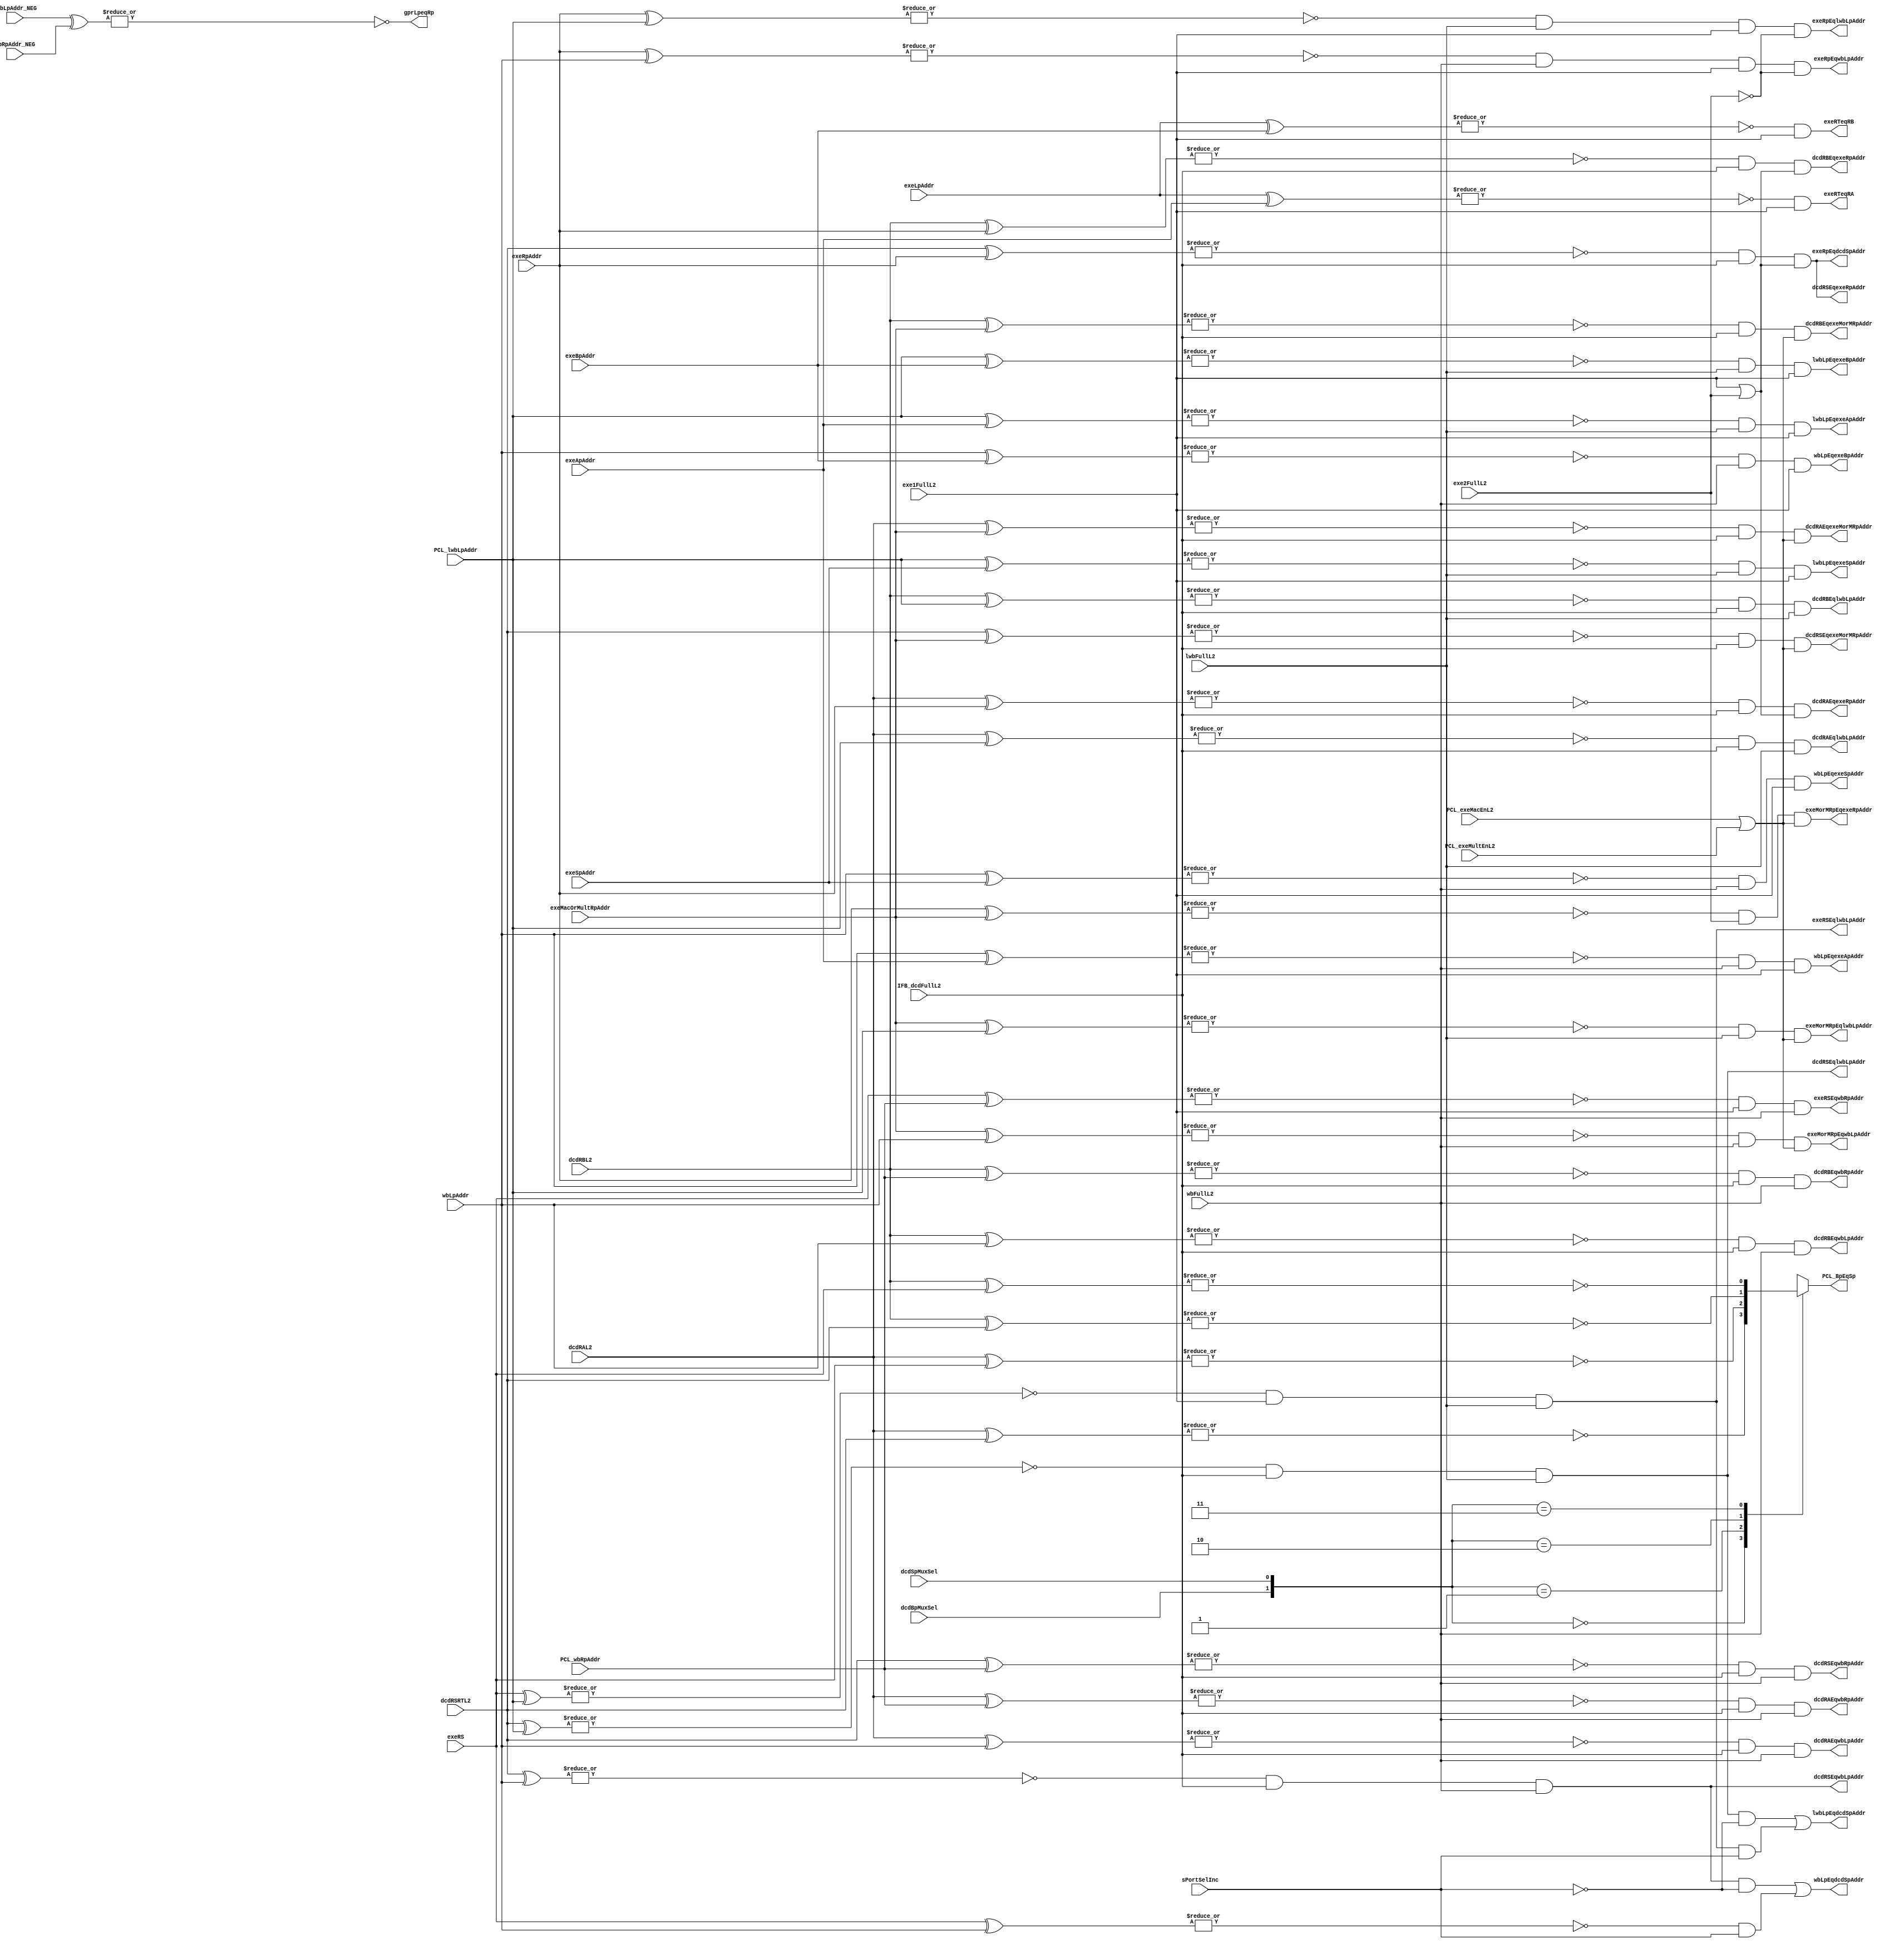
// 
// ************************************************************************** 
// 
//  Copyright (c) International Business Machines Corporation, 2005. 
// 
//  This file contains trade secrets and other proprietary and confidential 
//  information of International Business Machines Corporation which are 
//  protected by copyright and other intellectual property rights and shall 
//  not be reproduced, transferred to other documents, disclosed to others, 
//  or used for any purpose except as specifically authorized in writing by 
//  International Business Machines Corporation. This notice must be 
//  contained as part of this text at all times. 
// 
// ************************************************************************** 
//
//
module p405s_fileAddrCntl (dcdRAEqlwbLpAddr, dcdRAEqwbLpAddr, dcdRAEqwbRpAddr, dcdRAEqexeRpAddr,
           dcdRBEqlwbLpAddr, dcdRBEqwbLpAddr, dcdRBEqwbRpAddr, dcdRBEqexeRpAddr,
           dcdRSEqlwbLpAddr, dcdRSEqwbLpAddr, dcdRSEqwbRpAddr, dcdRSEqexeRpAddr,
           dcdRAEqexeMorMRpAddr, dcdRBEqexeMorMRpAddr, dcdRSEqexeMorMRpAddr,
           exeRSEqlwbLpAddr, exeRSEqwbRpAddr,
           exeRpEqdcdSpAddr, exeRpEqwbLpAddr, exeRpEqlwbLpAddr,
           lwbLpEqexeApAddr, lwbLpEqexeBpAddr, lwbLpEqexeSpAddr,
           wbLpEqexeApAddr, wbLpEqexeBpAddr, wbLpEqexeSpAddr, exeMorMRpEqexeRpAddr,
           exeRTeqRA, exeRTeqRB, gprLpeqRp,
           dcdRAL2, dcdRBL2, dcdRSRTL2, exeRS, exeApAddr, exeBpAddr, exeSpAddr,
           exeLpAddr, exeRpAddr, exeMacOrMultRpAddr, wbLpAddr, PCL_wbRpAddr,
           PCL_lwbLpAddr, IFB_dcdFullL2, exe1FullL2, exe2FullL2, wbFullL2,
           lwbFullL2, PCL_exeMacEnL2, PCL_exeMultEnL2,
           wbLpEqdcdSpAddr, lwbLpEqdcdSpAddr, exeMorMRpEqwbLpAddr,
           exeMorMRpEqlwbLpAddr, lwbLpAddr_NEG, wbRpAddr_NEG, sPortSelInc,
           dcdBpMuxSel, dcdSpMuxSel, PCL_BpEqSp);

    output dcdRAEqlwbLpAddr;
    output dcdRAEqwbLpAddr;
    output dcdRAEqwbRpAddr;
    output dcdRAEqexeRpAddr;
    output dcdRAEqexeMorMRpAddr;
    output dcdRBEqlwbLpAddr;
    output dcdRBEqwbLpAddr;
    output dcdRBEqwbRpAddr;
    output dcdRBEqexeRpAddr;
    output dcdRBEqexeMorMRpAddr;
    output dcdRSEqlwbLpAddr;
    output dcdRSEqwbLpAddr;
    output dcdRSEqwbRpAddr;
    output dcdRSEqexeRpAddr;
    output dcdRSEqexeMorMRpAddr;
    output exeRSEqlwbLpAddr;
    output exeRSEqwbRpAddr;
    output exeRpEqwbLpAddr;
    output exeRpEqlwbLpAddr;
    output exeRpEqdcdSpAddr;
    output wbLpEqdcdSpAddr;
    output lwbLpEqdcdSpAddr;
    output lwbLpEqexeApAddr;
    output lwbLpEqexeBpAddr;
    output lwbLpEqexeSpAddr;
    output wbLpEqexeApAddr;
    output wbLpEqexeBpAddr;
    output wbLpEqexeSpAddr;
    output exeMorMRpEqexeRpAddr;
    output exeRTeqRA;
    output exeRTeqRB;
    output gprLpeqRp;
    output exeMorMRpEqwbLpAddr;
    output exeMorMRpEqlwbLpAddr;
    output PCL_BpEqSp;
    input [0:4] dcdRAL2;
    input [0:4] dcdRBL2;
    input [0:4] dcdRSRTL2;
    input [0:4] exeRS;
    input [0:4] exeApAddr;
    input [0:4] exeBpAddr;
    input [0:4] exeSpAddr;
    input [0:4] exeLpAddr;
    input [0:4] exeRpAddr;
    input [0:4] exeMacOrMultRpAddr;
    input [0:4] wbLpAddr;
    input [0:4] PCL_wbRpAddr;
    input [0:4] PCL_lwbLpAddr;
    input IFB_dcdFullL2;
    input exe1FullL2;
    input exe2FullL2;
    input wbFullL2;
    input lwbFullL2;
    input PCL_exeMacEnL2;
    input PCL_exeMultEnL2;
    input [0:4] lwbLpAddr_NEG;
    input [0:4] wbRpAddr_NEG;
    input sPortSelInc;
    input dcdBpMuxSel;
    input dcdSpMuxSel;

wire dcdRBEqdcdRSRT, dcdRBEqexeRS;
wire dcdRAEqdcdRSRT, dcdRAEqexeRS;
reg  PCL_BpEqSp;
wire exeRSEqwbLpAddr;
wire exeRSEqlwbLpAddr_i;
wire dcdRSEqwbLpAddr_i;
wire dcdRSEqlwbLpAddr_i;

assign dcdRSEqlwbLpAddr = dcdRSEqlwbLpAddr_i;

assign dcdRSEqwbLpAddr = dcdRSEqwbLpAddr_i;

assign exeRSEqlwbLpAddr = exeRSEqlwbLpAddr_i;


// Changes:
// 09/24/99 SBP Fix for issue 154 pass2 See issue for more detail.

// Compare for GPR Lport and Rport bypass done
// in parallel with address decode for timing.

assign dcdRAEqlwbLpAddr = (~|(dcdRAL2[0:4] ^ PCL_lwbLpAddr[0:4])) & IFB_dcdFullL2 & lwbFullL2;
assign dcdRAEqwbRpAddr  = (~|(dcdRAL2[0:4] ^ PCL_wbRpAddr[0:4])) & IFB_dcdFullL2 & wbFullL2;
assign dcdRBEqlwbLpAddr = (~|(dcdRBL2[0:4] ^ PCL_lwbLpAddr[0:4])) & IFB_dcdFullL2 & lwbFullL2;
assign dcdRBEqwbRpAddr  = (~|(dcdRBL2[0:4] ^ PCL_wbRpAddr[0:4])) & IFB_dcdFullL2 & wbFullL2;
assign dcdRSEqlwbLpAddr_i = (~|(dcdRSRTL2[0:4] ^ PCL_lwbLpAddr[0:4])) & IFB_dcdFullL2 & lwbFullL2;
assign dcdRSEqwbRpAddr  = (~|(dcdRSRTL2[0:4] ^ PCL_wbRpAddr[0:4])) & IFB_dcdFullL2 & wbFullL2;

assign exeRSEqlwbLpAddr_i = (~|(exeRS[0:4] ^ PCL_lwbLpAddr[0:4])) & exe1FullL2 & lwbFullL2;
assign exeRSEqwbRpAddr  = (~|(exeRS[0:4] ^ PCL_wbRpAddr[0:4])) & exe1FullL2 & wbFullL2;

// dcd Load Use Compares
// wbLport Equal dcd Aport, Bport, Sport Addr
assign dcdRAEqwbLpAddr = (~|(dcdRAL2[0:4] ^ wbLpAddr[0:4])) & IFB_dcdFullL2 & wbFullL2;
assign dcdRSEqwbLpAddr_i = (~|(dcdRSRTL2[0:4] ^ wbLpAddr[0:4])) & IFB_dcdFullL2 & wbFullL2;
assign dcdRBEqwbLpAddr = (~|(dcdRBL2[0:4] ^ wbLpAddr[0:4])) & IFB_dcdFullL2 & wbFullL2;

// Port depend Compares
assign dcdRAEqexeRpAddr  = (~|(dcdRAL2[0:4] ^ exeRpAddr[0:4])) & IFB_dcdFullL2 & (exe1FullL2 | exe2FullL2);
assign dcdRSEqexeRpAddr  = (~|(dcdRSRTL2[0:4] ^ exeRpAddr[0:4])) & IFB_dcdFullL2 & (exe1FullL2 | exe2FullL2);
assign dcdRBEqexeRpAddr  = (~|(dcdRBL2[0:4] ^ exeRpAddr[0:4])) & IFB_dcdFullL2 & (exe1FullL2 | exe2FullL2);

assign exeRpEqdcdSpAddr = (~|(exeRpAddr[0:4] ^ dcdRSRTL2[0:4])) & IFB_dcdFullL2 & (exe1FullL2 | exe2FullL2);

// Goto pipeCntl for dcdSregLoadUse.
//assign wbLpEqdcdSpAddr = (~|(wbLpAddr[0:4] ^ dcdRSRTL2[0:4])) & IFB_dcdFullL2 & wbFullL2;
//assign lwbLpEqdcdSpAddr = (~|(PCL_lwbLpAddr[0:4] ^ dcdRSRTL2[0:4])) & IFB_dcdFullL2 & lwbFullL2;
//issue154 fix.

assign exeRSEqwbLpAddr  = (~|(exeRS[0:4] ^ wbLpAddr[0:4]));
assign wbLpEqdcdSpAddr = ((dcdRSEqwbLpAddr_i & ~sPortSelInc) | (exeRSEqwbLpAddr & sPortSelInc));
assign lwbLpEqdcdSpAddr = ((dcdRSEqlwbLpAddr_i & ~sPortSelInc) | (exeRSEqlwbLpAddr_i & sPortSelInc));

//Mac depend Bubble
assign dcdRAEqexeMorMRpAddr  = (~|(dcdRAL2[0:4] ^ exeMacOrMultRpAddr[0:4])) & IFB_dcdFullL2 &
                                                            (PCL_exeMacEnL2 | PCL_exeMultEnL2);
assign dcdRSEqexeMorMRpAddr  = (~|(dcdRSRTL2[0:4] ^ exeMacOrMultRpAddr[0:4])) & IFB_dcdFullL2 &
                                                            (PCL_exeMacEnL2 | PCL_exeMultEnL2);
assign dcdRBEqexeMorMRpAddr  = (~|(dcdRBL2[0:4] ^ exeMacOrMultRpAddr[0:4])) & IFB_dcdFullL2 &
                                                            (PCL_exeMacEnL2 | PCL_exeMultEnL2);

// Back to back Mac result recirc depend compare
assign exeMorMRpEqexeRpAddr = (~|(exeRpAddr[0:4] ^ exeMacOrMultRpAddr[0:4])) & exe2FullL2 &
                                                          (PCL_exeMacEnL2 | PCL_exeMultEnL2);

// exe Load Use compares
assign lwbLpEqexeApAddr = (~|(PCL_lwbLpAddr[0:4] ^ exeApAddr[0:4])) & lwbFullL2 & exe1FullL2;
assign lwbLpEqexeBpAddr = (~|(PCL_lwbLpAddr[0:4] ^ exeBpAddr[0:4])) & lwbFullL2 & exe1FullL2;
assign lwbLpEqexeSpAddr = (~|(PCL_lwbLpAddr[0:4] ^ exeSpAddr[0:4])) & lwbFullL2 & exe1FullL2;
assign wbLpEqexeApAddr = (~|(wbLpAddr[0:4] ^ exeApAddr[0:4])) & wbFullL2 & exe1FullL2;
assign wbLpEqexeBpAddr = (~|(wbLpAddr[0:4] ^ exeBpAddr[0:4])) & wbFullL2 & exe1FullL2;
assign wbLpEqexeSpAddr = (~|(wbLpAddr[0:4] ^ exeSpAddr[0:4])) & wbFullL2 & exe1FullL2;

// invalid form block Lport Write Compare
assign exeRTeqRA = (~|(exeLpAddr[0:4] ^ exeApAddr[0:4])) & exe1FullL2;
assign exeRTeqRB = (~|(exeLpAddr[0:4] ^ exeBpAddr[0:4])) & exe1FullL2;

// Hold instruction in exe until Lp has updated the GPR
assign exeRpEqwbLpAddr = (~|(exeRpAddr[0:4] ^ wbLpAddr[0:4])) & wbFullL2 & exe1FullL2 & ~exe2FullL2;
assign exeRpEqlwbLpAddr = (~|(exeRpAddr[0:4] ^ PCL_lwbLpAddr[0:4])) & lwbFullL2 & exe1FullL2 & ~exe2FullL2;
assign exeMorMRpEqwbLpAddr = (~|(exeMacOrMultRpAddr[0:4] ^ wbLpAddr[0:4])) & wbFullL2 & (PCL_exeMacEnL2 | PCL_exeMultEnL2);
assign exeMorMRpEqlwbLpAddr = (~|(exeMacOrMultRpAddr[0:4] ^ PCL_lwbLpAddr[0:4])) & lwbFullL2 & (PCL_exeMacEnL2 | PCL_exeMultEnL2);

// Block the Lport Write for LSSD test. In functional its a invalid case.
assign gprLpeqRp = ~|(lwbLpAddr_NEG[0:4] ^ wbRpAddr_NEG[0:4]);

// Compare for GPR Sport bypass when BPEqSP,
// done to reduce loading on the GPR latch cell by 1/3X.

assign dcdRBEqdcdRSRT = ~|(dcdRBL2[0:4] ^ dcdRSRTL2[0:4]);
assign dcdRBEqexeRS   = ~|(dcdRBL2[0:4] ^ exeRS[0:4]);
assign dcdRAEqdcdRSRT = ~|(dcdRAL2[0:4] ^ dcdRSRTL2[0:4]);
assign dcdRAEqexeRS   = ~|(dcdRAL2[0:4] ^ exeRS[0:4]);

always @(dcdRBEqdcdRSRT or dcdRBEqexeRS or dcdRAEqdcdRSRT or dcdRAEqexeRS or
         dcdBpMuxSel or dcdSpMuxSel)
begin
   case({dcdBpMuxSel,dcdSpMuxSel})   // full_case parallel_case
   2'b00: PCL_BpEqSp = dcdRAEqdcdRSRT;
   2'b01: PCL_BpEqSp = dcdRAEqexeRS;
   2'b10: PCL_BpEqSp = dcdRBEqdcdRSRT;
   2'b11: PCL_BpEqSp = dcdRBEqexeRS;
   default: PCL_BpEqSp = 1'bx;
  endcase
end

endmodule